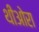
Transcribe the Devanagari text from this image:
थीओरा